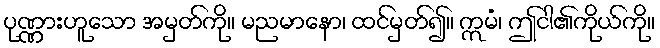
ပုဏ္ဏားဟူသော အမှတ်ကို။ မညမာနော၊ ထင်မှတ်၍။ ဣမံ၊ ဤငါ၏ကိုယ်ကို။